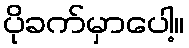
ပိုခက်မှာပေါ့။